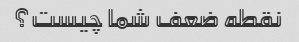
نقطه ضعف شما چیست؟